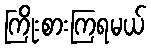
ကြိုးစားကြရမယ်